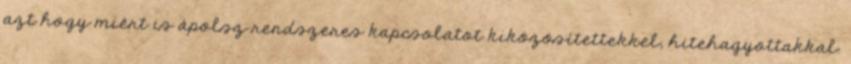
azt hogy miért is ápolsz rendszeres kapcsolatot kiközösítettekkel, hitehagyottakkal.